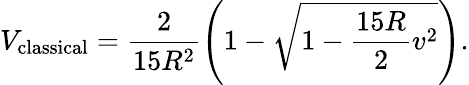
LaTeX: V_{\mathrm{classical}}=\frac{2}{15R^{2}}\left(1-\sqrt{1-\frac{15R}{2}v^{2}}\right).